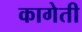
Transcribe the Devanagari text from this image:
कागेती